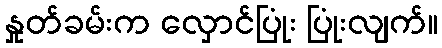
နှုတ်ခမ်းက လှောင်ပြုံး ပြုံးလျက်။